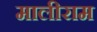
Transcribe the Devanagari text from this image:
मालीराम